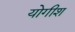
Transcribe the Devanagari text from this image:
योगीश